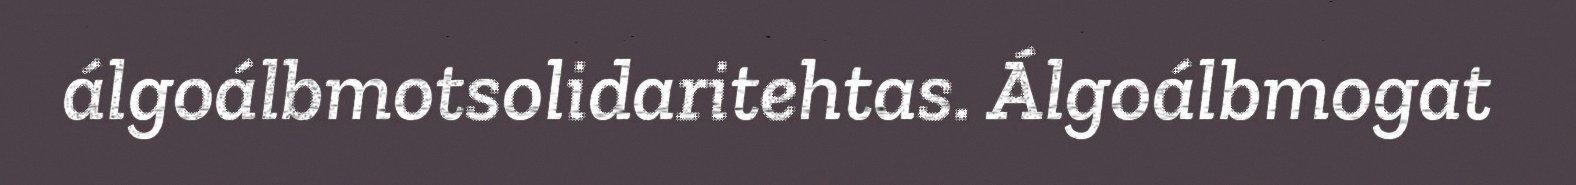
álgoálbmotsolidaritehtas. Álgoálbmogat